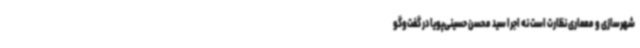
شهرسازی و معماری نظارت است نه اجرا سید محسن حسینی‌پویا در گفت‌وگو